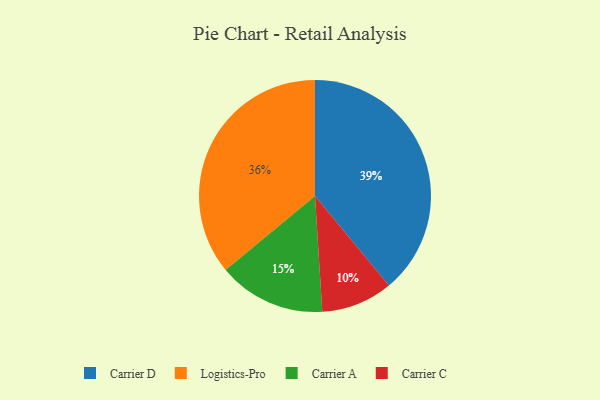
{"axis": {"x": "Category", "y": "Percentage"}, "legend": ["Carrier A", "Carrier C", "Carrier D", "Logistics-Pro"], "data": [{"x": "Carrier A", "y": 15, "type": "Carrier A"}, {"x": "Carrier C", "y": 10, "type": "Carrier C"}, {"x": "Logistics-Pro", "y": 36, "type": "Logistics-Pro"}, {"x": "Carrier D", "y": 39, "type": "Carrier D"}]}